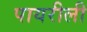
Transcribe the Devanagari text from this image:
पायरीली